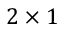
2 \times 1